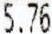
5.76